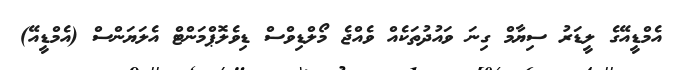
އެމްޑީއޭގެ ލީޑަރު ސިޔާމް ގިނަ ވައުދުތަކެއް ވެއްޖެ މޯލްޑިވްސް ޑިވެލޮޕްމަންޓް އެލަޔަންސް (އެމްޑީއޭ)